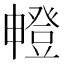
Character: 𤳘